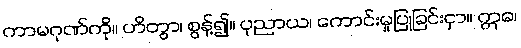
ကာမဂုဏ်ကို။ ဟိတွာ၊ စွန့်၍။ ပုညာယ၊ ကောင်းမှုပြုခြင်းငှာ။ ဣဓ၊